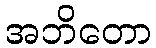
အဘိတော